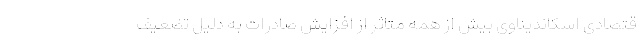
قتصادی اسکاندیناوی بیش از همه متاثر از افزایش صادرات به دلیل تضعیف